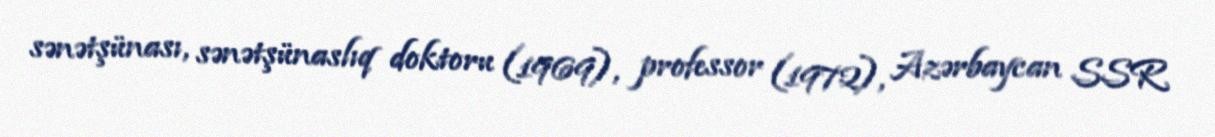
sənətşünası, sənətşünaslıq doktoru (1969), professor (1972), Azərbaycan SSR